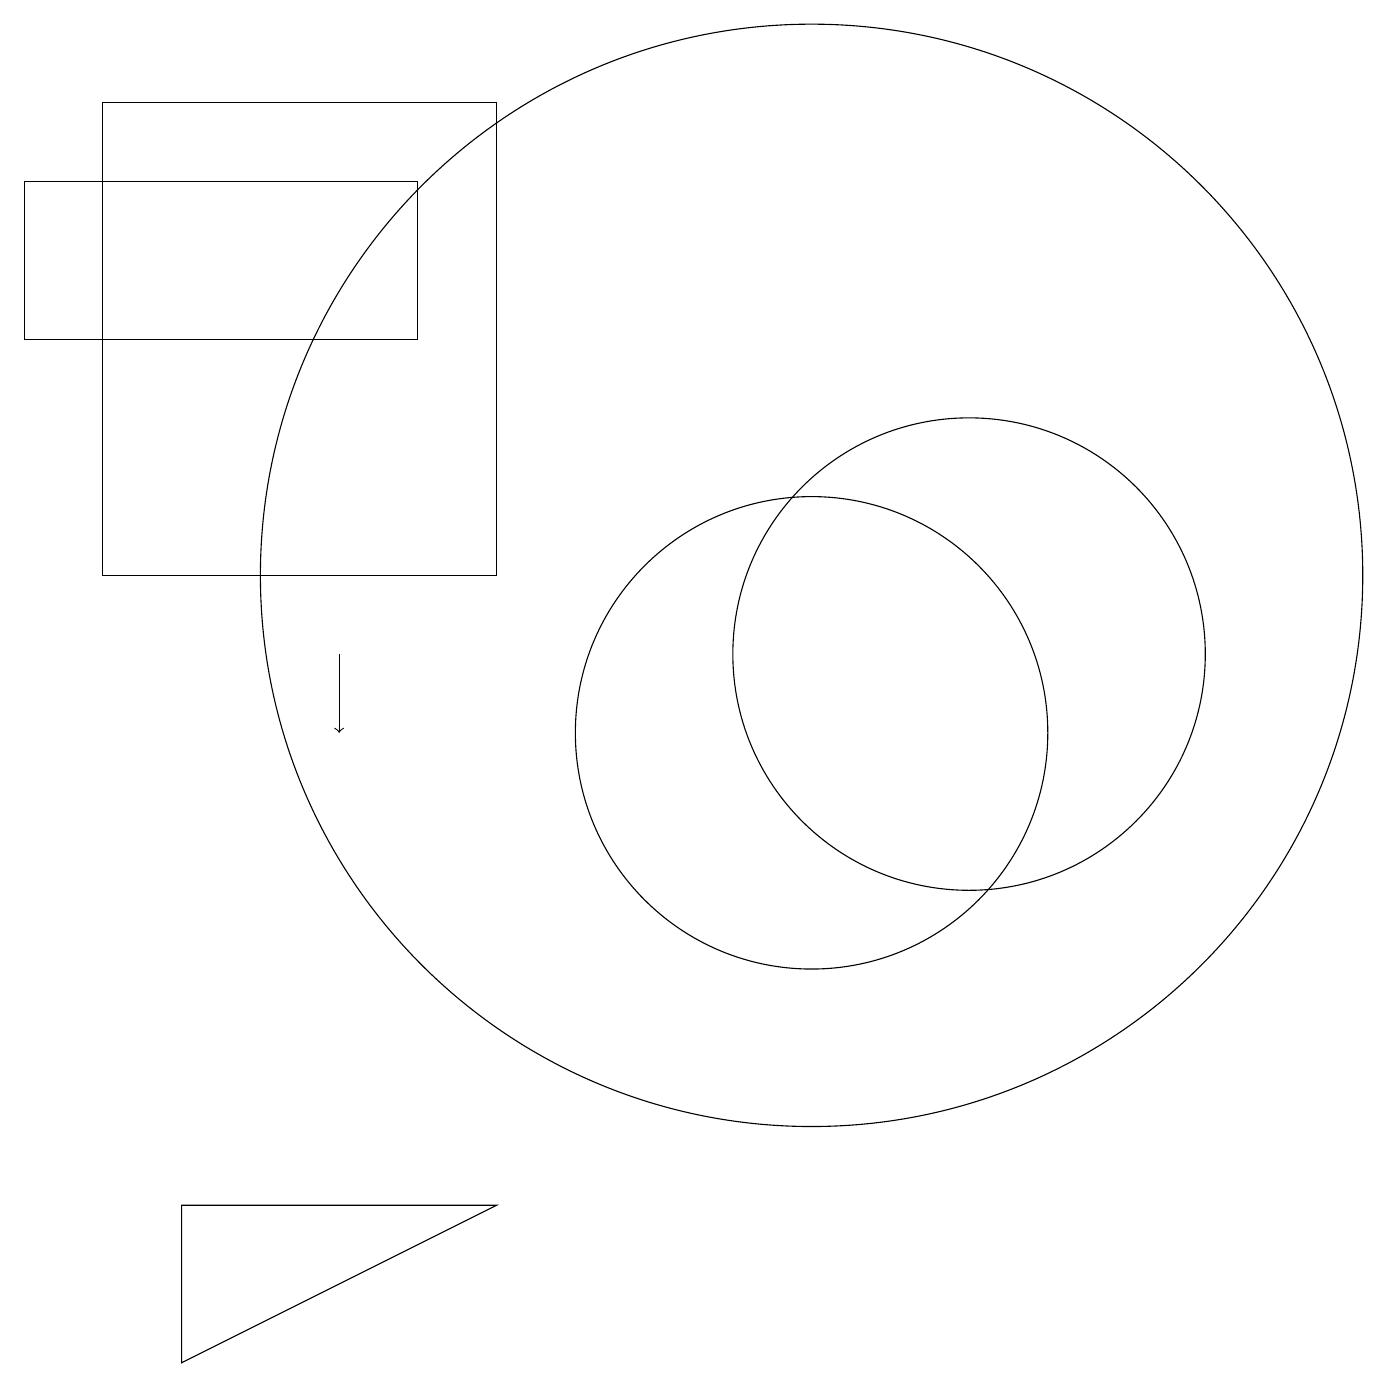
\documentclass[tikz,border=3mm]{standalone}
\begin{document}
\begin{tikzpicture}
\draw (12,11) circle (3);
\draw[->] (4,11) -- (4,10);
\draw (2,2) -- (2,4) -- (6,4) -- cycle;
\draw (10,10) circle (3);
\draw (10,12) circle (7);
\draw (0,17) rectangle (5,15);
\draw (6,12) rectangle (1,18);
\draw (11,10) circle (0);
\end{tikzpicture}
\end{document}